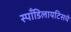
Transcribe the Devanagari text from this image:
स्पाँडिलायटिसचे